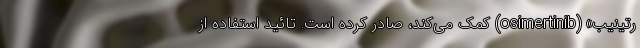
رتینیب» (osimertinib) کمک می‌کند، صادر کرده است. تائید استفاده از